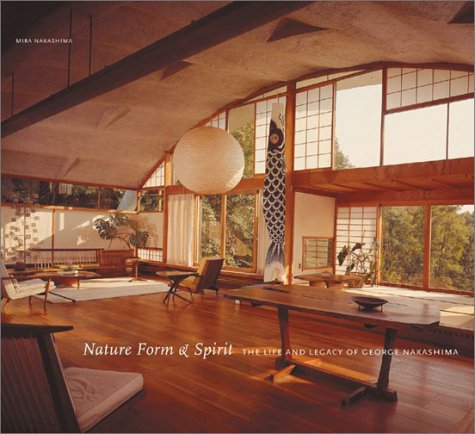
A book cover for Nature Form & Spirit: The Life and Legacy of George Nakashima; Mira Nakashima; Arts & Photography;